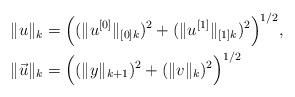
LaTeX: \begin{align*}&\|u\|_k=\Big( (\|u^{[0]}\|_{[0]k})^2+(\|u^{[1]}\|_{[1]k})^2\Big)^{1/2}, \\&\|\vec{u}\|_k=\Big( (\|y\|_{k+1})^2+(\|v\|_k)^2\Big)^{1/2}\end{align*}